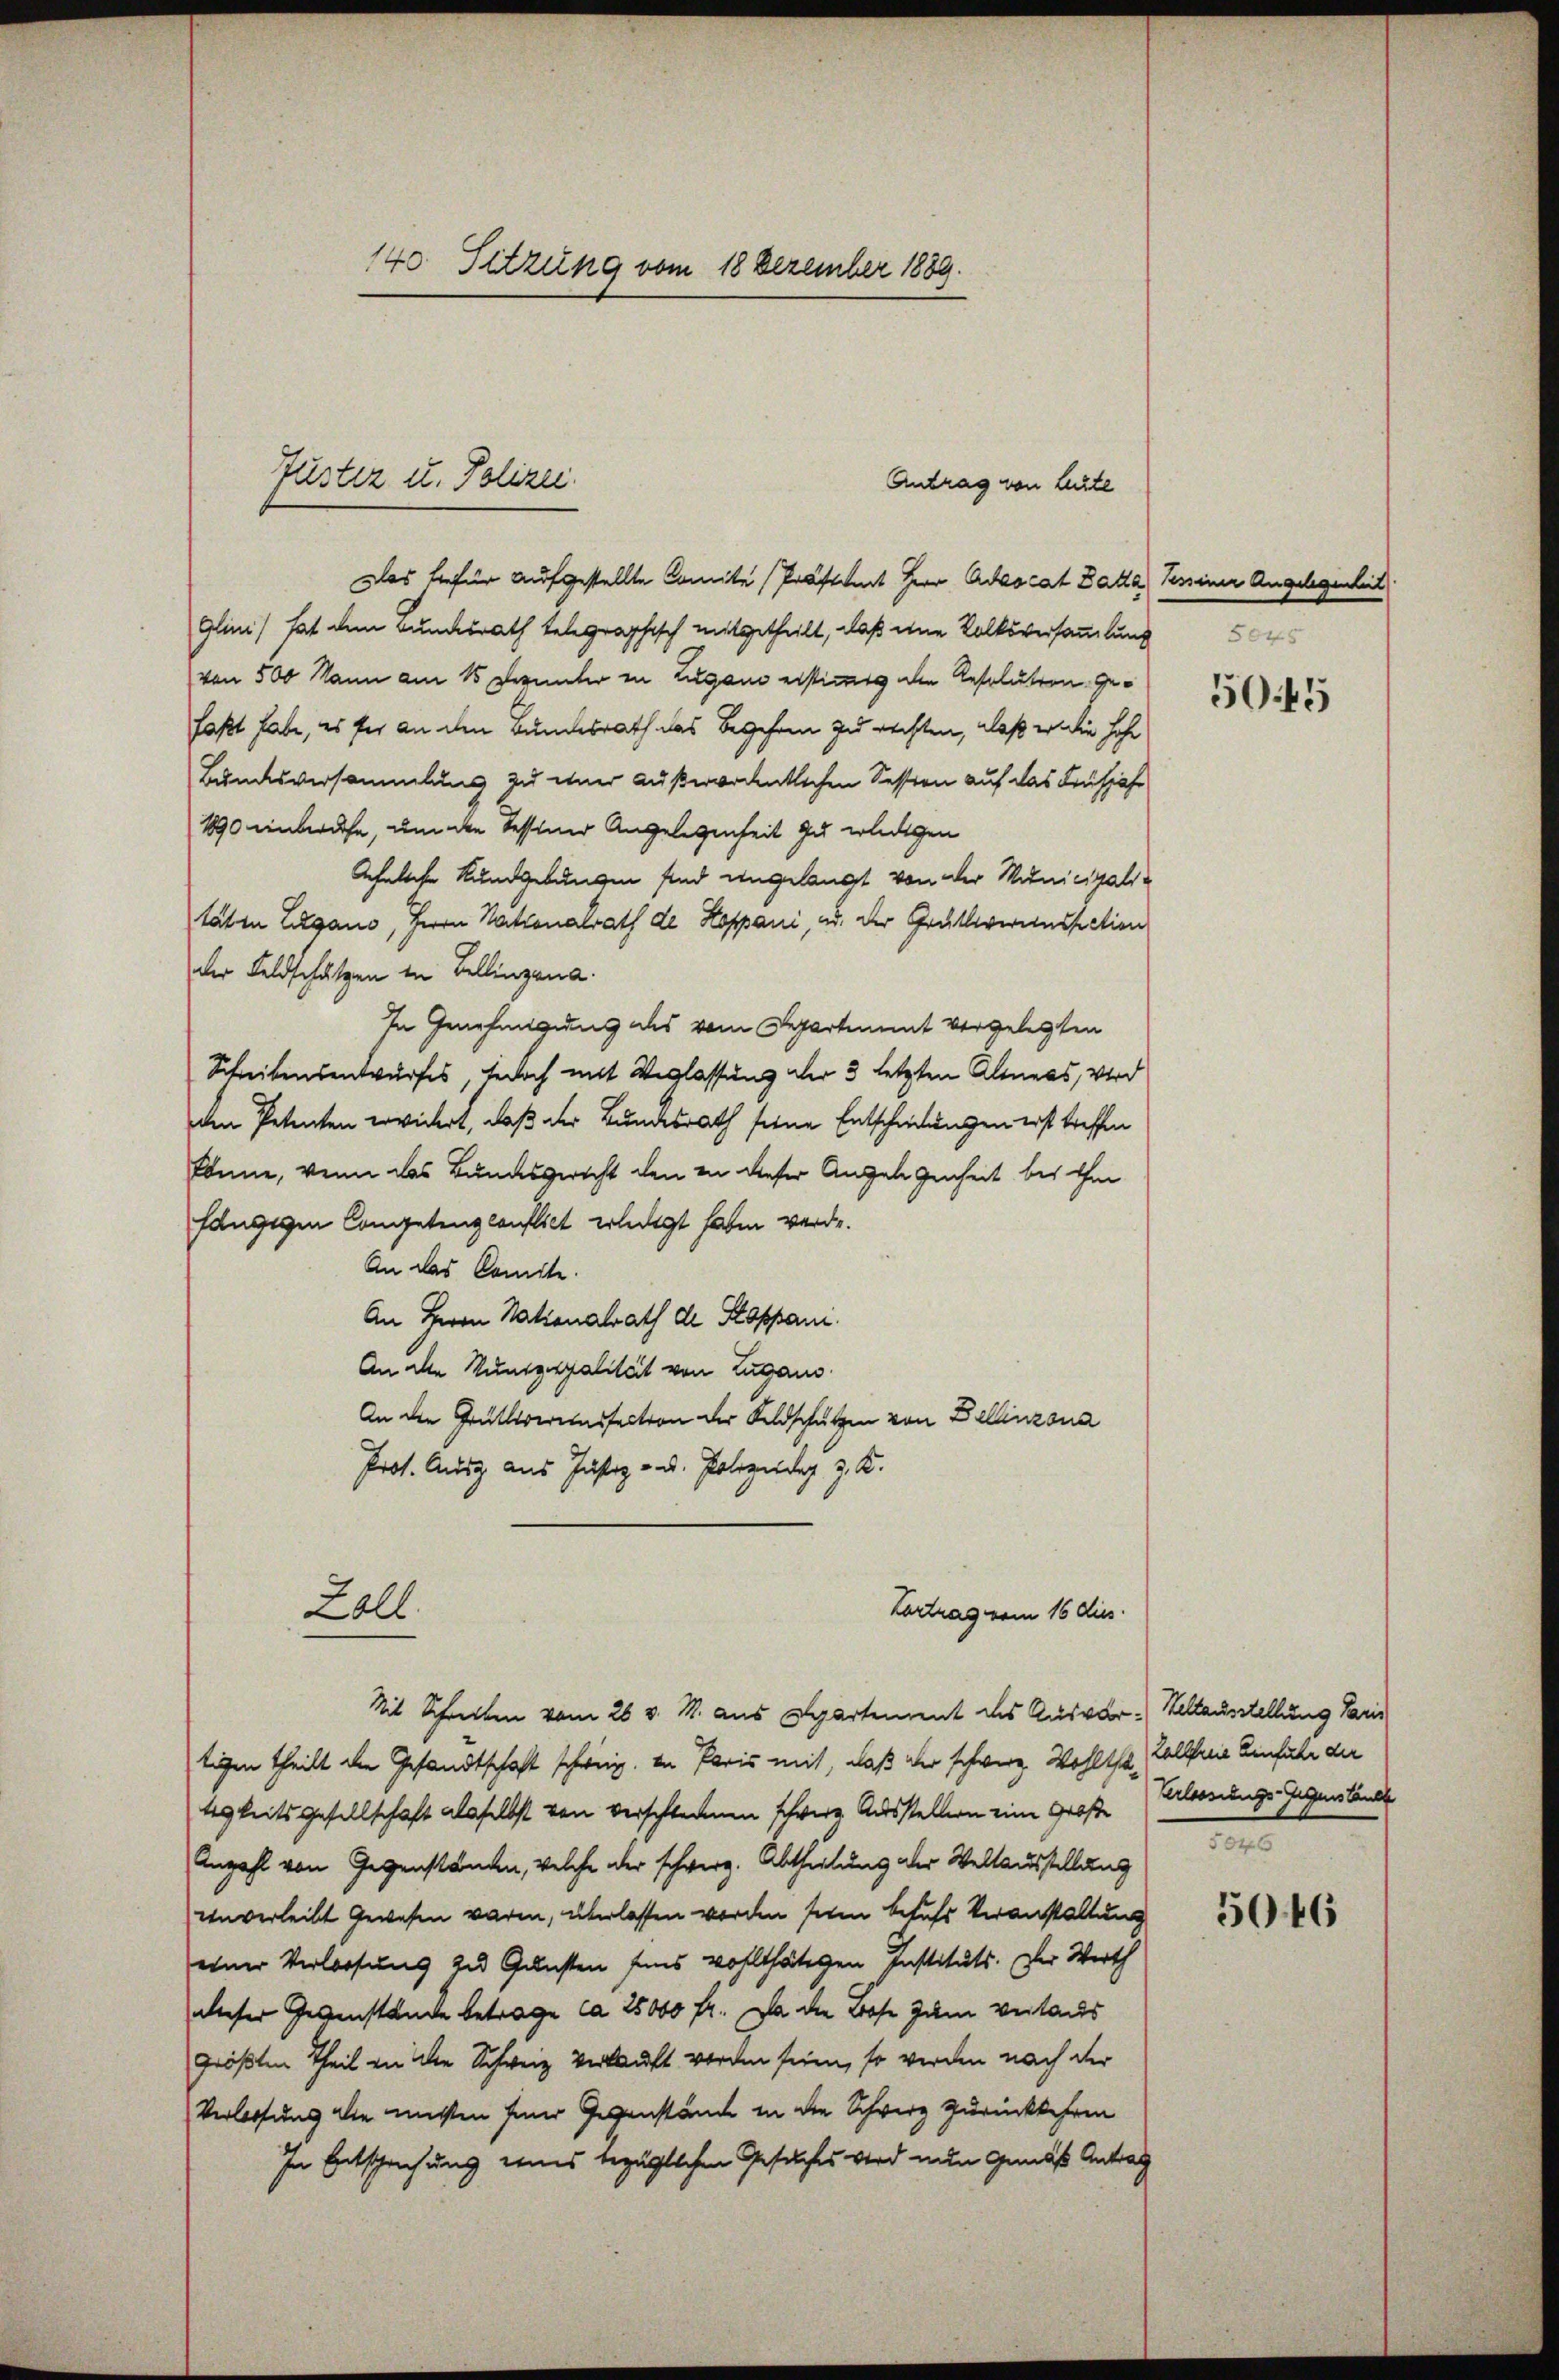
140 Sitzung vom 18 Dezember 1889.

Das hiefür aufgestellte Comite Prästant Herr Advocat Batta
Glina) hat dem Bundesrath telegraphisch mitgetheilt, daß eine Volksversammlung 504
von 500 Mann am 15 Perunter in Lugano erstimmt die Resolution gefaßt habe, es für an den Bundesrath das Begehren zu rechten, daß er die hohe
Bundesversammlung zu einer außerordentlichen Session auf das Frühjahr
1890 einberuhe, um den Tessiner Angelegenheit zu erledigen
Aehnliche Kundgebungen sind angelangt von der Municipalitäten Lugano, Herrn Nationalrath de Hoppani, ad der Grullierenssation
der Feldschätzen in Bellinzona.
In Genehmigung des vom Repartiment vorgelegten
Schreibensentwurfes, jedoch mit Weglassung der 3 letzten Altners, wird
den Petenten erwidert, daß der Bundesrath seine Entschiedungen erst treffen
könne, wenn das Bundesgericht den in dieser Angelegenheit bei ihm
fängigen Congetenglauflich erledigt haben werde.
An das Comite.
An Herrn Stationalrath de Stoppani.
An die Munizipalität von Lugano
An den Grütlereinsfaction der Feldschutzen von Dellinzona
Prot. Ausz aus Justiz - u. Polizeidig z. K.
Zoll
Vortrag vom 16 dies
Mit Schreiten vom 26 v. M. aus Spartement des Ausar-Keltausstellung Paris
tigen theilt die Gesandtschaft schweiz. in Paris mit, daß der schwerz. Wohltha, Tollfreie Einfuhr der
tigkeitsgesellschaft als selbst von verschleinen schwerz Ausstellern eine Große Erlosungs-Gegenstande
Anzahl von Gegenständen, welche der schwerz. Abtheilung der Weltausstellung
unverleibt gewesen waren, überlassen worden seien behufs Veranstaltung
einer Verlesung zu Gunsten seins wohlthätigen Instituts. Der Werth
dieser Gegenstände betrage ca 25000 fr. Da die Lose zum vertaus
größten Theil an die Schweiz verkauft worden sein, so werden nach der
Verloosung die mitten seiner Gegenstände in die Schweiz zurückkehren
In Entsprechung eines bezüglichen Gesuches wird nun gemäß Antrag

füster u. Polizei.

Antrag von Lurte

Keiner Angelegenheit

5045

e

5046